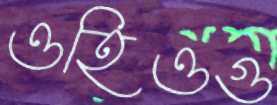
ওহিওগু